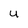
Character: U